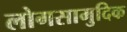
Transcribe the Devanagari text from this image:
लोगसामुदिक